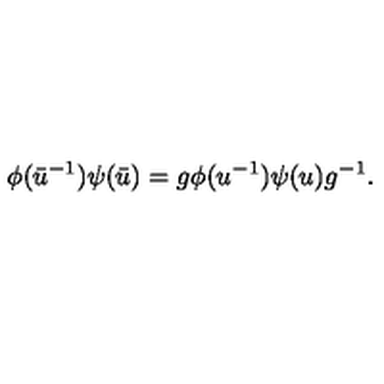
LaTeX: \phi ( \bar { u } ^ { - 1 } ) \psi ( \bar { u } ) = g \phi ( u ^ { - 1 } ) \psi ( u ) g ^ { - 1 } .